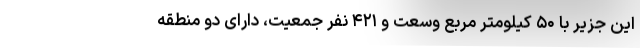
این جزیر با ۵۰ کیلومتر مربع وسعت و ۴۲۱ نفر جمعیت، دارای دو منطقه